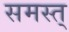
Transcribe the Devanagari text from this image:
समस्त्